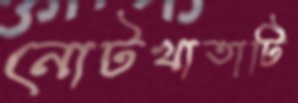
নোটখাতাটি